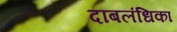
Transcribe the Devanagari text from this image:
दाबलंधिका